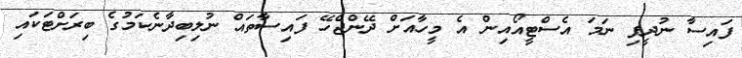
ފައިސާ ނުދީފި ނަމަ އެސްޓީއޯއިން އެ މީހާއަށް ދޭންޖެހޭ ފައިސާތައް ނުލިބިދާނެކަމުގެ ބިރަށްޓަކައި